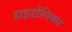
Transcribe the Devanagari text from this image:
हाइडौलिक्स